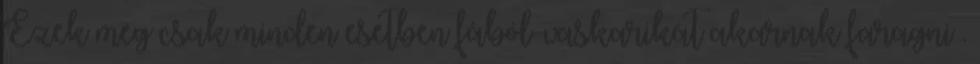
Ezek meg csak minden esetben fából-vaskarikát akarnak faragni .